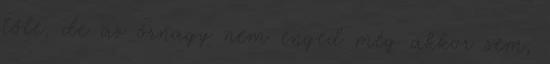
tőle, de az őrnagy nem enged még akkor sem,